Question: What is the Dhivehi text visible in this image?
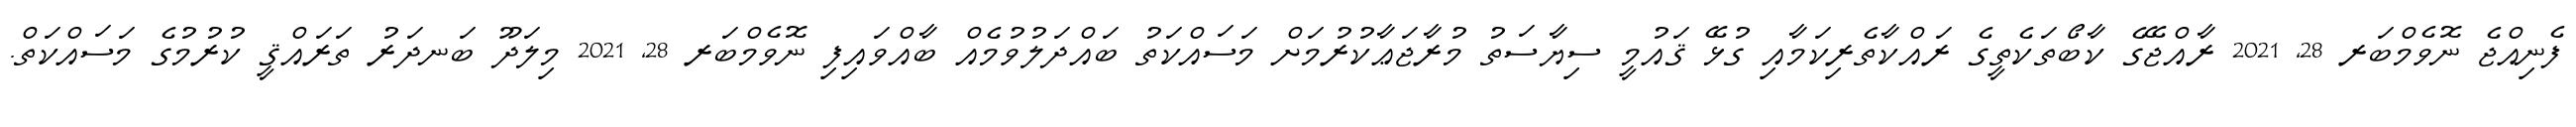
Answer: ފެނިއްޖެ ނޮވެމްބަރ 28, 2021 ރާއްޖޭގެ ކާބޯތަކެތީގެ ރައްކާތެރިކަމާއި ގުޅޭ ޤައުމީ ސިޔާސަތު މުރާޖަޢާކުރުމަށް މަސައްކަތު ބައްދަލުވުމެއް ބާއްވައިފި ނޮވެމްބަރ 28, 2021 މިލަދޫ ބަނދަރު ތަރައްޤީ ކުރުމުގެ މަސައްކަތް.